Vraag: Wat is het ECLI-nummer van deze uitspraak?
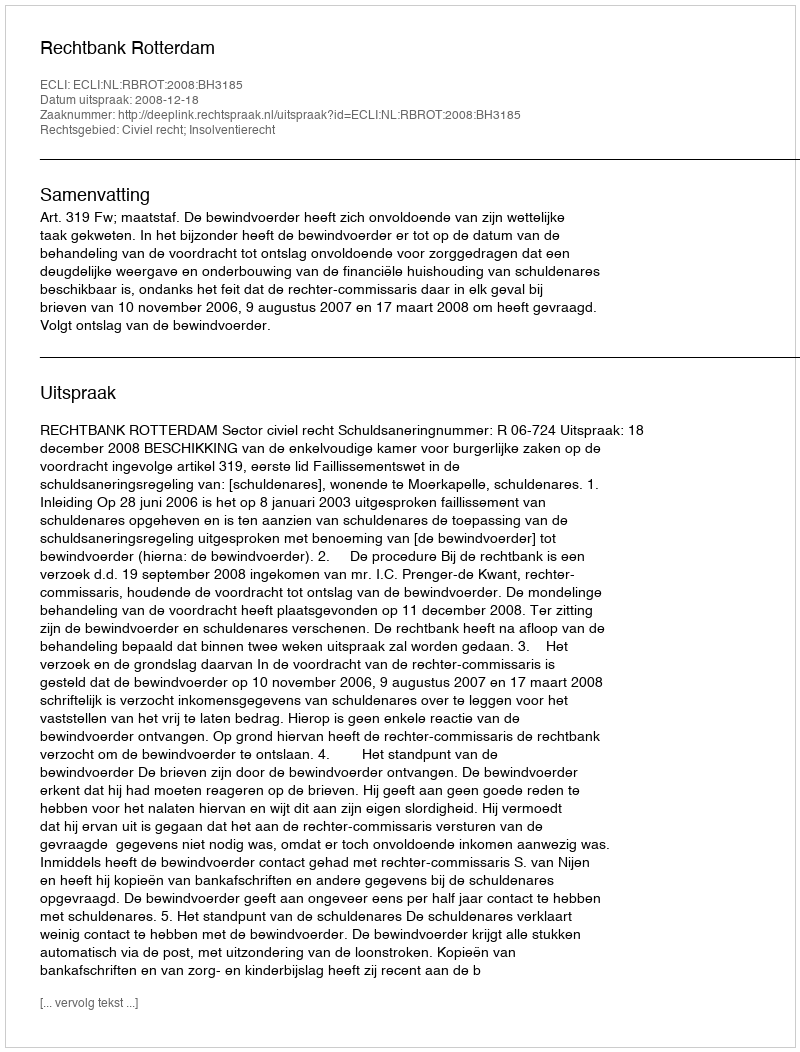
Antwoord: ECLI:NL:RBROT:2008:BH3185